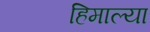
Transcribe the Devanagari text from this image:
हिमाल्या